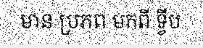
មាន ប្រភព មកពី ទ្វីប